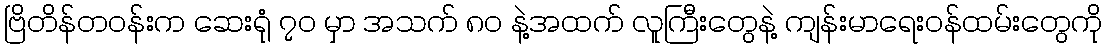
ဗြိတိန်တဝန်းက ဆေးရုံ ၇၀ မှာ အသက် ၈၀ နဲ့အထက် လူကြီးတွေနဲ့ ကျန်းမာရေးဝန်ထမ်းတွေကို